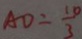
A D = \frac { 1 0 } { 3 }